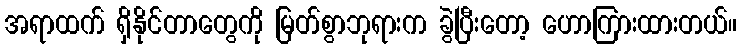
အရာထက် ရှိနိုင်တာတွေကို မြတ်စွာဘုရားက ခွဲပြီးတော့ ဟောကြားထားတယ်။